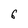
Character: 6